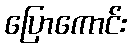
ပြောကောင်း